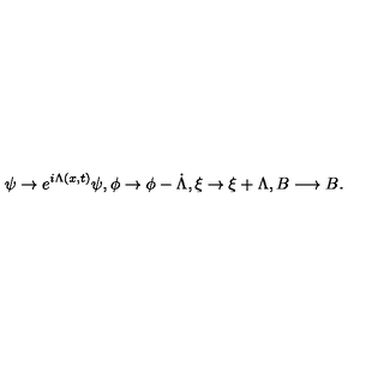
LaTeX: \psi \rightarrow e ^ { i \Lambda ( x , t ) } \psi , \phi \rightarrow \phi - \dot { \Lambda } , \xi \rightarrow \xi + \Lambda , B \longrightarrow B .